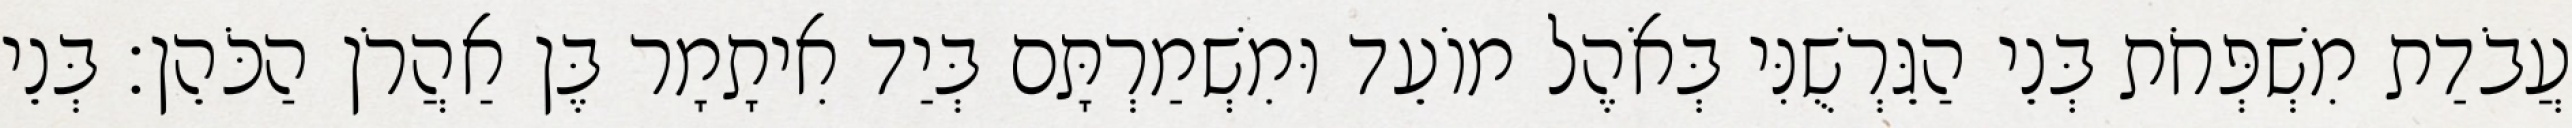
עֲבֹדַת מִשְׁפְּחֹת בְּנֵי הַגֵּרְשֻׁנִּי בְּאֹהֶל מוֹעֵד וּמִשְׁמַרְתָּם בְּיַד אִיתָמָר בֶּן אַהֲרֹן הַכֹּהֵן׃ בְּנֵי